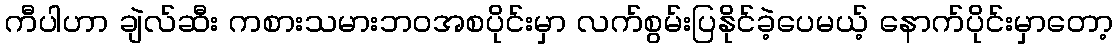
ကီပါဟာ ချဲလ်ဆီး ကစားသမားဘဝအစပိုင်းမှာ လက်စွမ်းပြနိုင်ခဲ့ပေမယ့် နောက်ပိုင်းမှာတော့